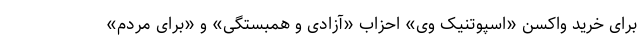
برای خرید واکسن «اسپوتنیک وی» احزاب «آزادی و همبستگی» و «برای مردم»